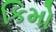
કિમો